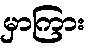
မှာကြား